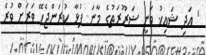
' އަދި ޝައިޚު ވަނީ ޟަރޫރަތުގެ މާނަ ފުޅާ ކުރަންޖެހޭ ވަރަށް ވުރެ